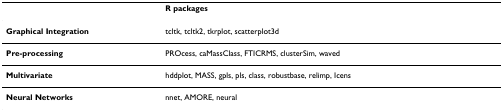
<table><thead><tr><td></td><td><b>R packages</b></td></tr></thead><tbody><tr><td><b>Graphical Integration</b></td><td>tcltk, tcltk2, tkrplot, scatterplot3d</td></tr><tr><td><b>Pre-processing</b></td><td>PROcess, caMassClass, FTICRMS, clusterSim, waved</td></tr><tr><td><b>Multivariate</b></td><td>hddplot, MASS, gpls, pls, class, robustbase, relimp, Icens</td></tr><tr><td><b>Neural Networks</b></td><td>nnet, AMORE, neural</td></tr></tbody></table>